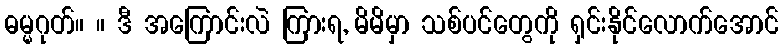
ဓမ္မဂုတ်။ ။ ဒီ အကြောင်းလဲ ကြားရ, မိမိမှာ သစ်ပင်တွေကို ရှင်းနိုင်လောက်အောင်